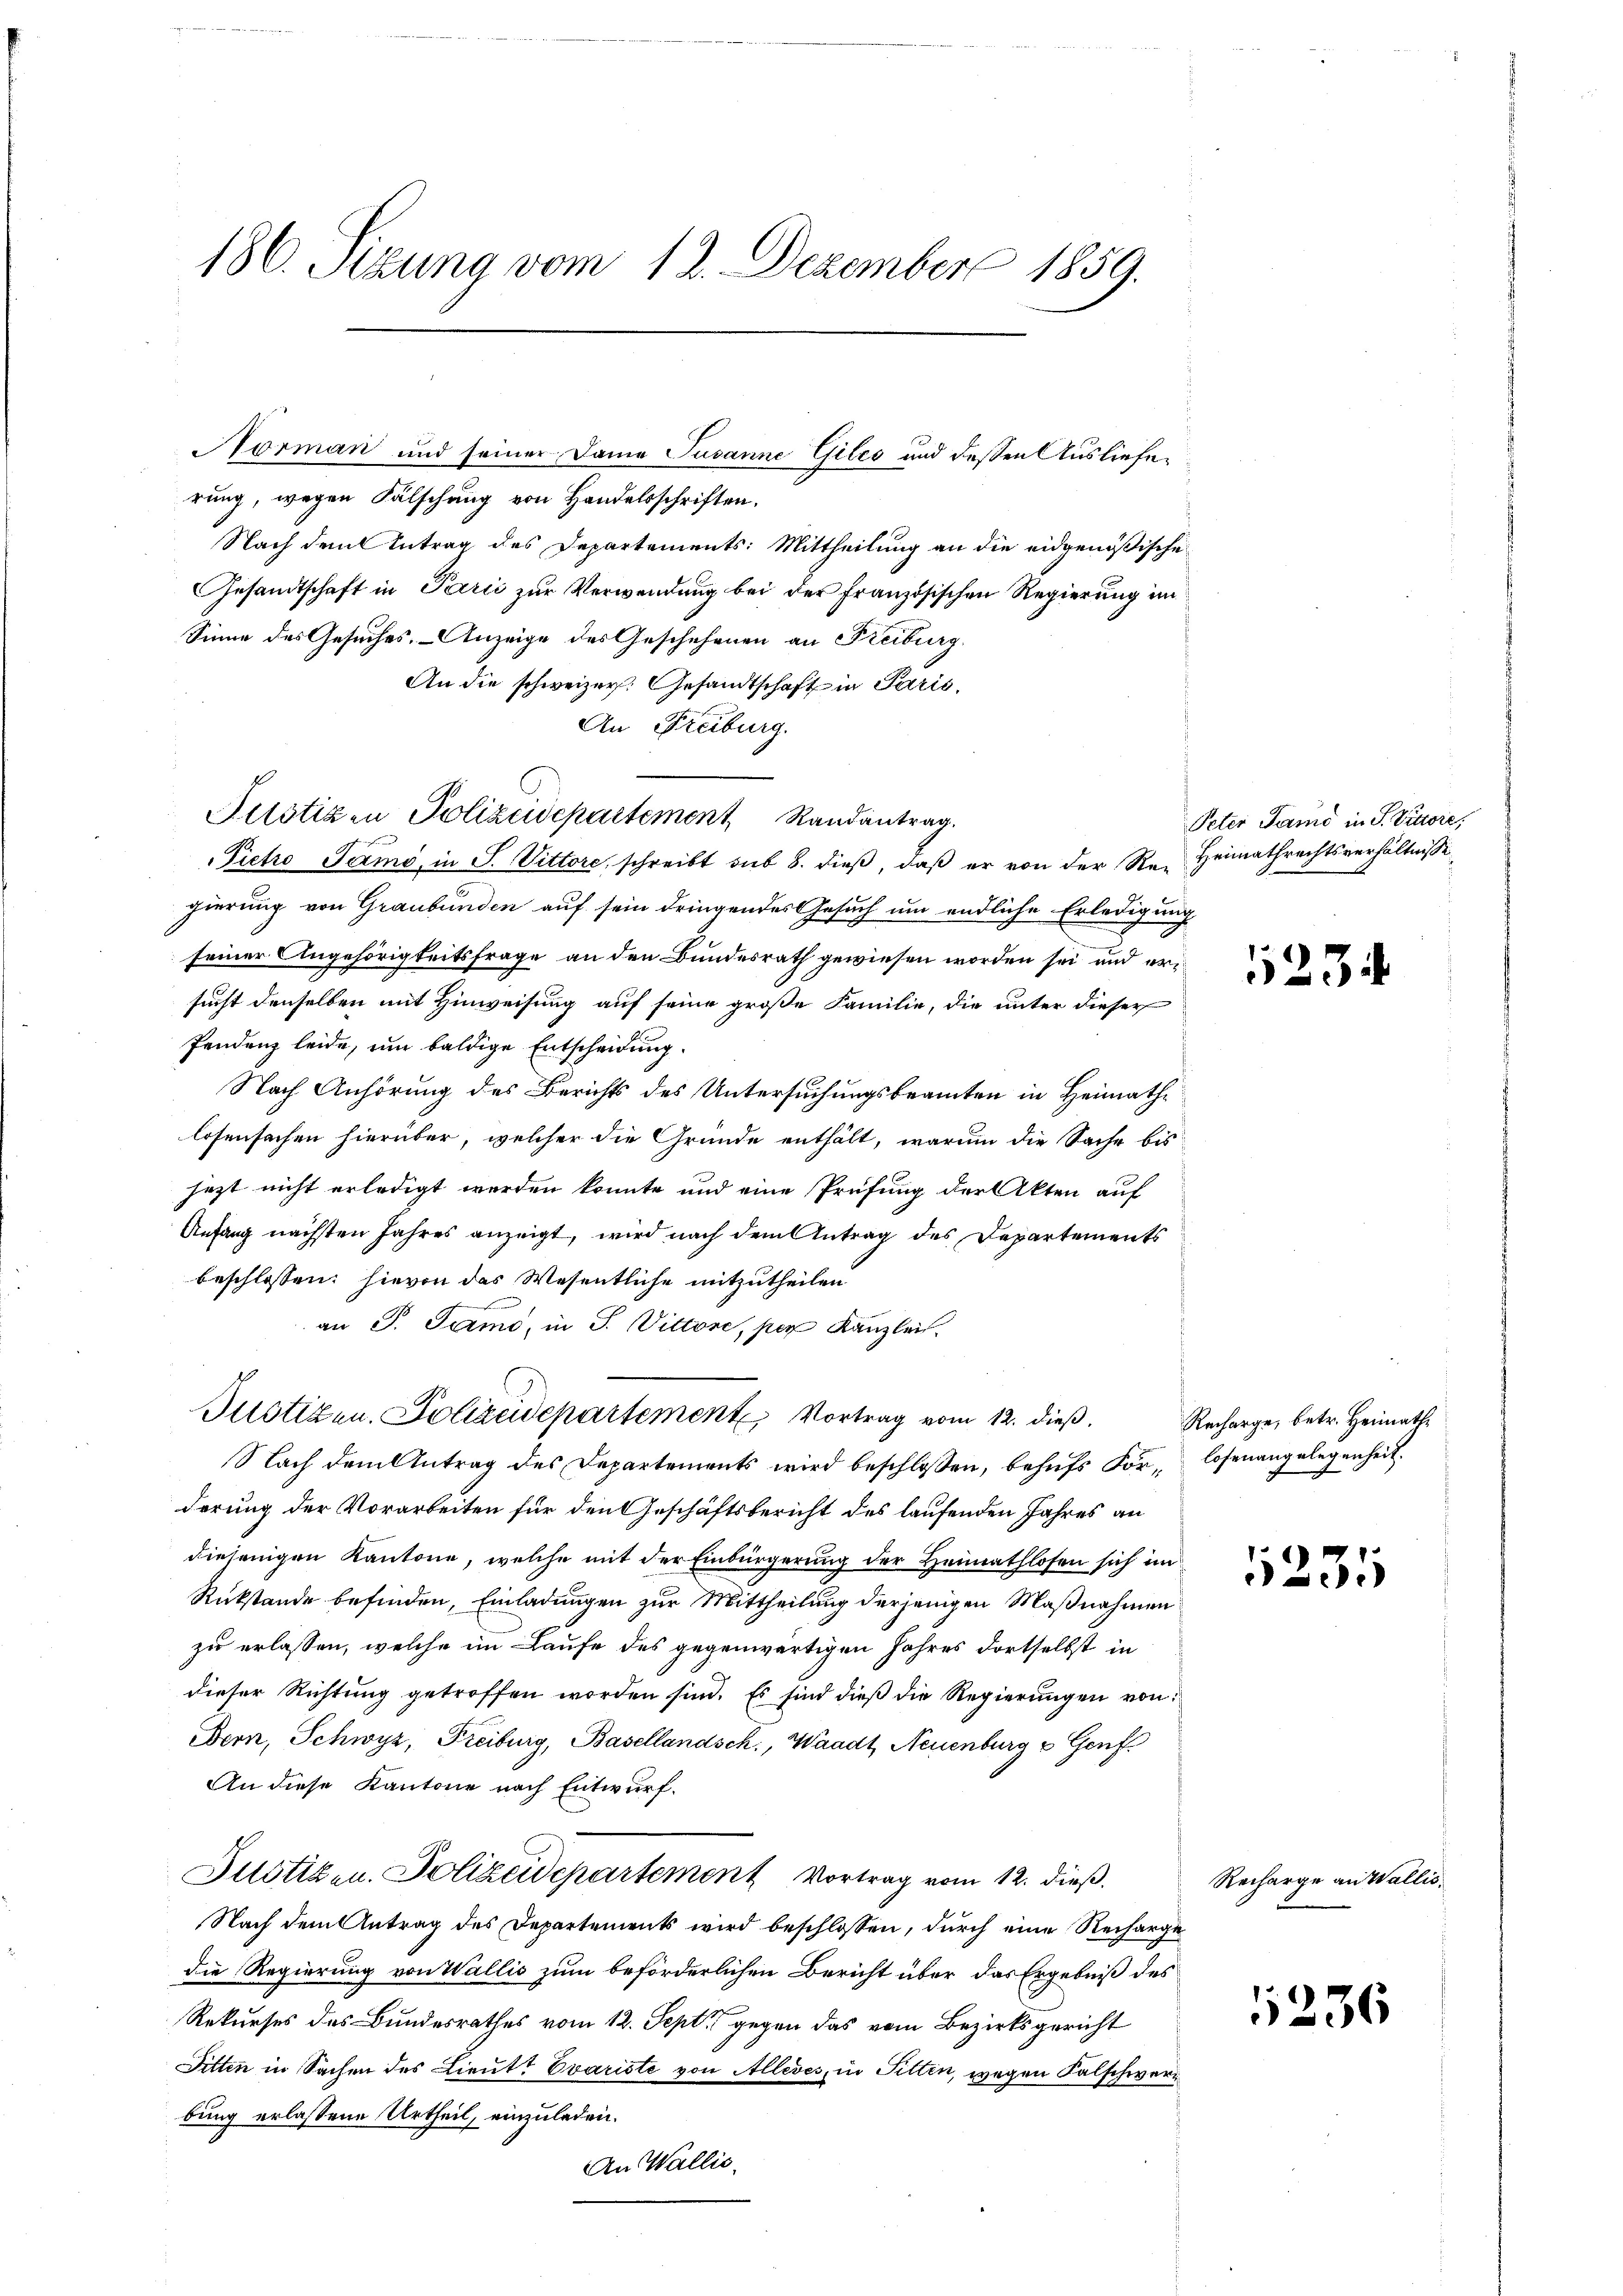
186. Setzung vom 12. Dezember 1859.

rung, wegen Fälschung von Handelsschriften.
Nach dem Antrag des Departements: Mittheilung an die eidgenößische
Gesandtschaft in Parić zur Verwendung bei der Französischen Regierung im
Sinne des Gesuches. - Anzeige des Geschehenen an Freiburg
An die schweizer. Gesandtschaft in Parić,
An Freiburg.
Picto Jamo, in S. Vittore, schreibt sub 8. dieß, daß er von der Re-Heimathrechtsverhältnisse
gierung von Graubünden auf sein dringendes Gesuch um endliche Erledigung
seiner Angehörigkeitsfrage an den Bundesrath gewiesen worden sei und er
sucht denselben mit Hinweisung auf seine große Familie, die unter dieser
Pendenz leide, um baldige Entscheidung.
Nach Anhörung des Berichts des Untersuchungsbeamten in Heimath
losensachen hierüber, welcher die Grunde enthält, warum die Sache bis
jezt nicht erledigt werden könnte und eine Prüfung der Akten auf
Anfang nächsten Jahres anzeigt, wird nach dem Antrag des Departements
beschlossen: hievon das Wesentliche mitzutheilen
an P. Samo, in J. Vittore, per Kanzlei.
Justizen, Polizeidepartement Vortrag vom 12. dieß.
Nach dem Antrag des Departements wird beschlossen, behufs For- losenangelegenheit.
derung der Vorarbeiten für den Geschäftsbericht des laufenden Jahres an
diejenigen Kantone, welche mit der Einbürgerung der Heimathlosen sich im
Rückstände befinden, Einladungen zur Mittheilung derjenigen Maßnahmen
zu erlassen, welche im Laufe des gegenwärtigen Jahres dortselbst in
dieser Richtung getroffen worden sind. Es sind dieß die Regierungen von
Bern, Schwyz, Freiburg, Basellandsch., Waadt, Neuenburg & Genf
An diese Kantone nach Entwurf.
Justizen. Polizeidepartement Vortrag vom 12. dieß.
Nach dem Antrag des Departements wird beschlossen, durch eine Recharge
die Regierung von Wallis zum beförderlichen Bericht über das Ergebniß des
Rekurses des Bundesrathes vom 12. Sept gegen das vom Bezirksgericht
Ditten in Sachen des Lieutt Evariste von Allevés, in Fittin, wegen Falschwer
bung erlassene Urtheil, einzuladen.
An Wallis.

Pilotizen Polizeidepartement, Randantrag.

Norman und seiner Dame Susanne Giles und dessen Ausliefe¬

Peter Samo in S. Vuore,

5234

Recharge, betr. Heimath

1235

Recharge an Wallis,

1236